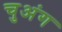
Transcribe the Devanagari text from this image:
चुअंग